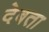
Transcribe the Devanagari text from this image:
देबता